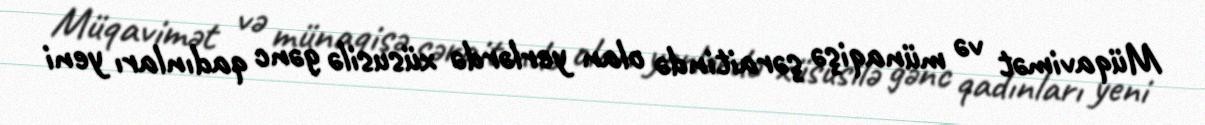
Müqavimət və münaqişə şəraitində olan yerlərdə xüsusilə gənc qadınları yeni